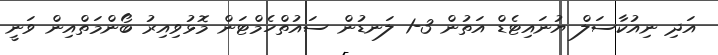
އަދި ނިއުކާސަލް ޔުނައިޓެޑް އަތުން 3-1 ލަނޑުން ސައުތްހެމްޓަން މޮޅުވިއިރު ބޯންމަތްއިން ވަނީ